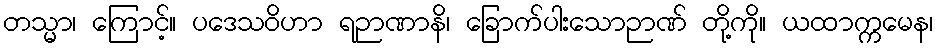
တသ္မာ၊ ကြောင့်။ ပဒေသဝိဟာ ရဉာဏာနိ၊ ခြောက်ပါးသောဉာဏ် တို့ကို။ ယထာက္ကမေန၊